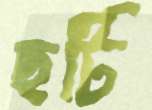
ছটি